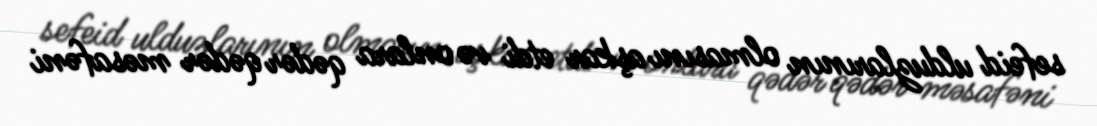
sefeid ulduzlarının olmasını aşkar etdi və onlara qədər qədər məsafəni